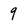
Character: 9